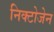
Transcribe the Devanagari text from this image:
निक्टोजेन